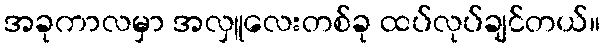
အခုကာလမှာ အလှူလေးတစ်ခု ထပ်လုပ်ချင်တယ်။